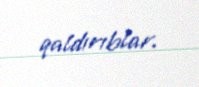
qaldırıblar.